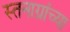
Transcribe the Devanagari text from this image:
स्तनाग्रांच्या